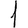
Digit: 1